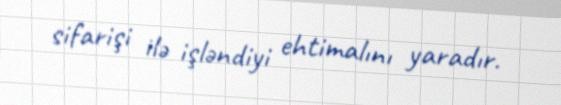
sifarişi ilə işləndiyi ehtimalını yaradır.